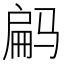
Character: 𱅝